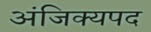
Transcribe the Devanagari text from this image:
अंजिक्यपद